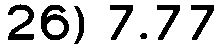
26) 7.77